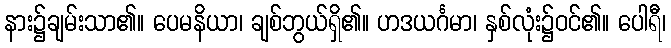
နား၌ချမ်းသာ၏။ ပေမနိယာ၊ ချစ်ဘွယ်ရှိ၏။ ဟဒယင်္ဂမာ၊ နှစ်လုံး၌ဝင်၏။ ပေါရီ၊